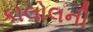
કાલોલની